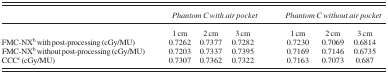
|  | <COLSPAN=2> Phantom C with air pocket | <COLSPAN=4> Phantom C without air pocket |
 | --- | --- | --- | --- | --- | --- | --- |
 |  | 1 cm | 2 cm | 3 cm | 1 cm | 2 cm | 3 cm |
 | FMC‐NXb with post‐processing (cGy/MU) | 0.7262 | 0.7377 | 0.7282 | 0.7230 | 0.7069 | 0.6814 |
 | FMC‐NXb without post‐processing (cGy/MU) | 0.7203 | 0.7337 | 0.7395 | 0.7169 | 0.7146 | 0.6735 |
 | CCCc (cGy/MU) | 0.7307 | 0.7362 | 0.7322 | 0.7163 | 0.7073 | 0.687 |